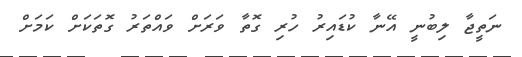
ނަތީޖާ ލިބުނީ އޭނާ ކުޑައިރު ހުރި ގޮތާ ވަރަށް ވައްތަރު ގޮތަކަށް ކަމަށް